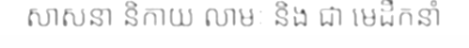
សាសនា និកាយ លាមៈ និង ជា មេដឹកនាំ